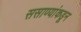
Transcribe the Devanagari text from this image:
ससाण्यांकडून